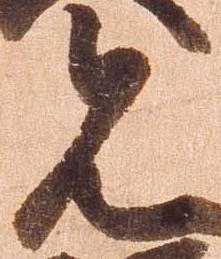
見